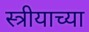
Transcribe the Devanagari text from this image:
स्त्रीयाच्या